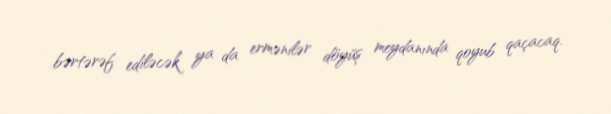
bərtərəf ediləcək ya da ermənilər döyüş meydanında qoyub qaçacaq.